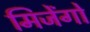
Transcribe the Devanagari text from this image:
मिजेंगो